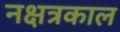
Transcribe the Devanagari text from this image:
नक्षत्रकाल